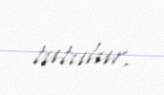
tutulur.